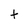
Character: t